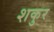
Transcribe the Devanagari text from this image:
शकुर